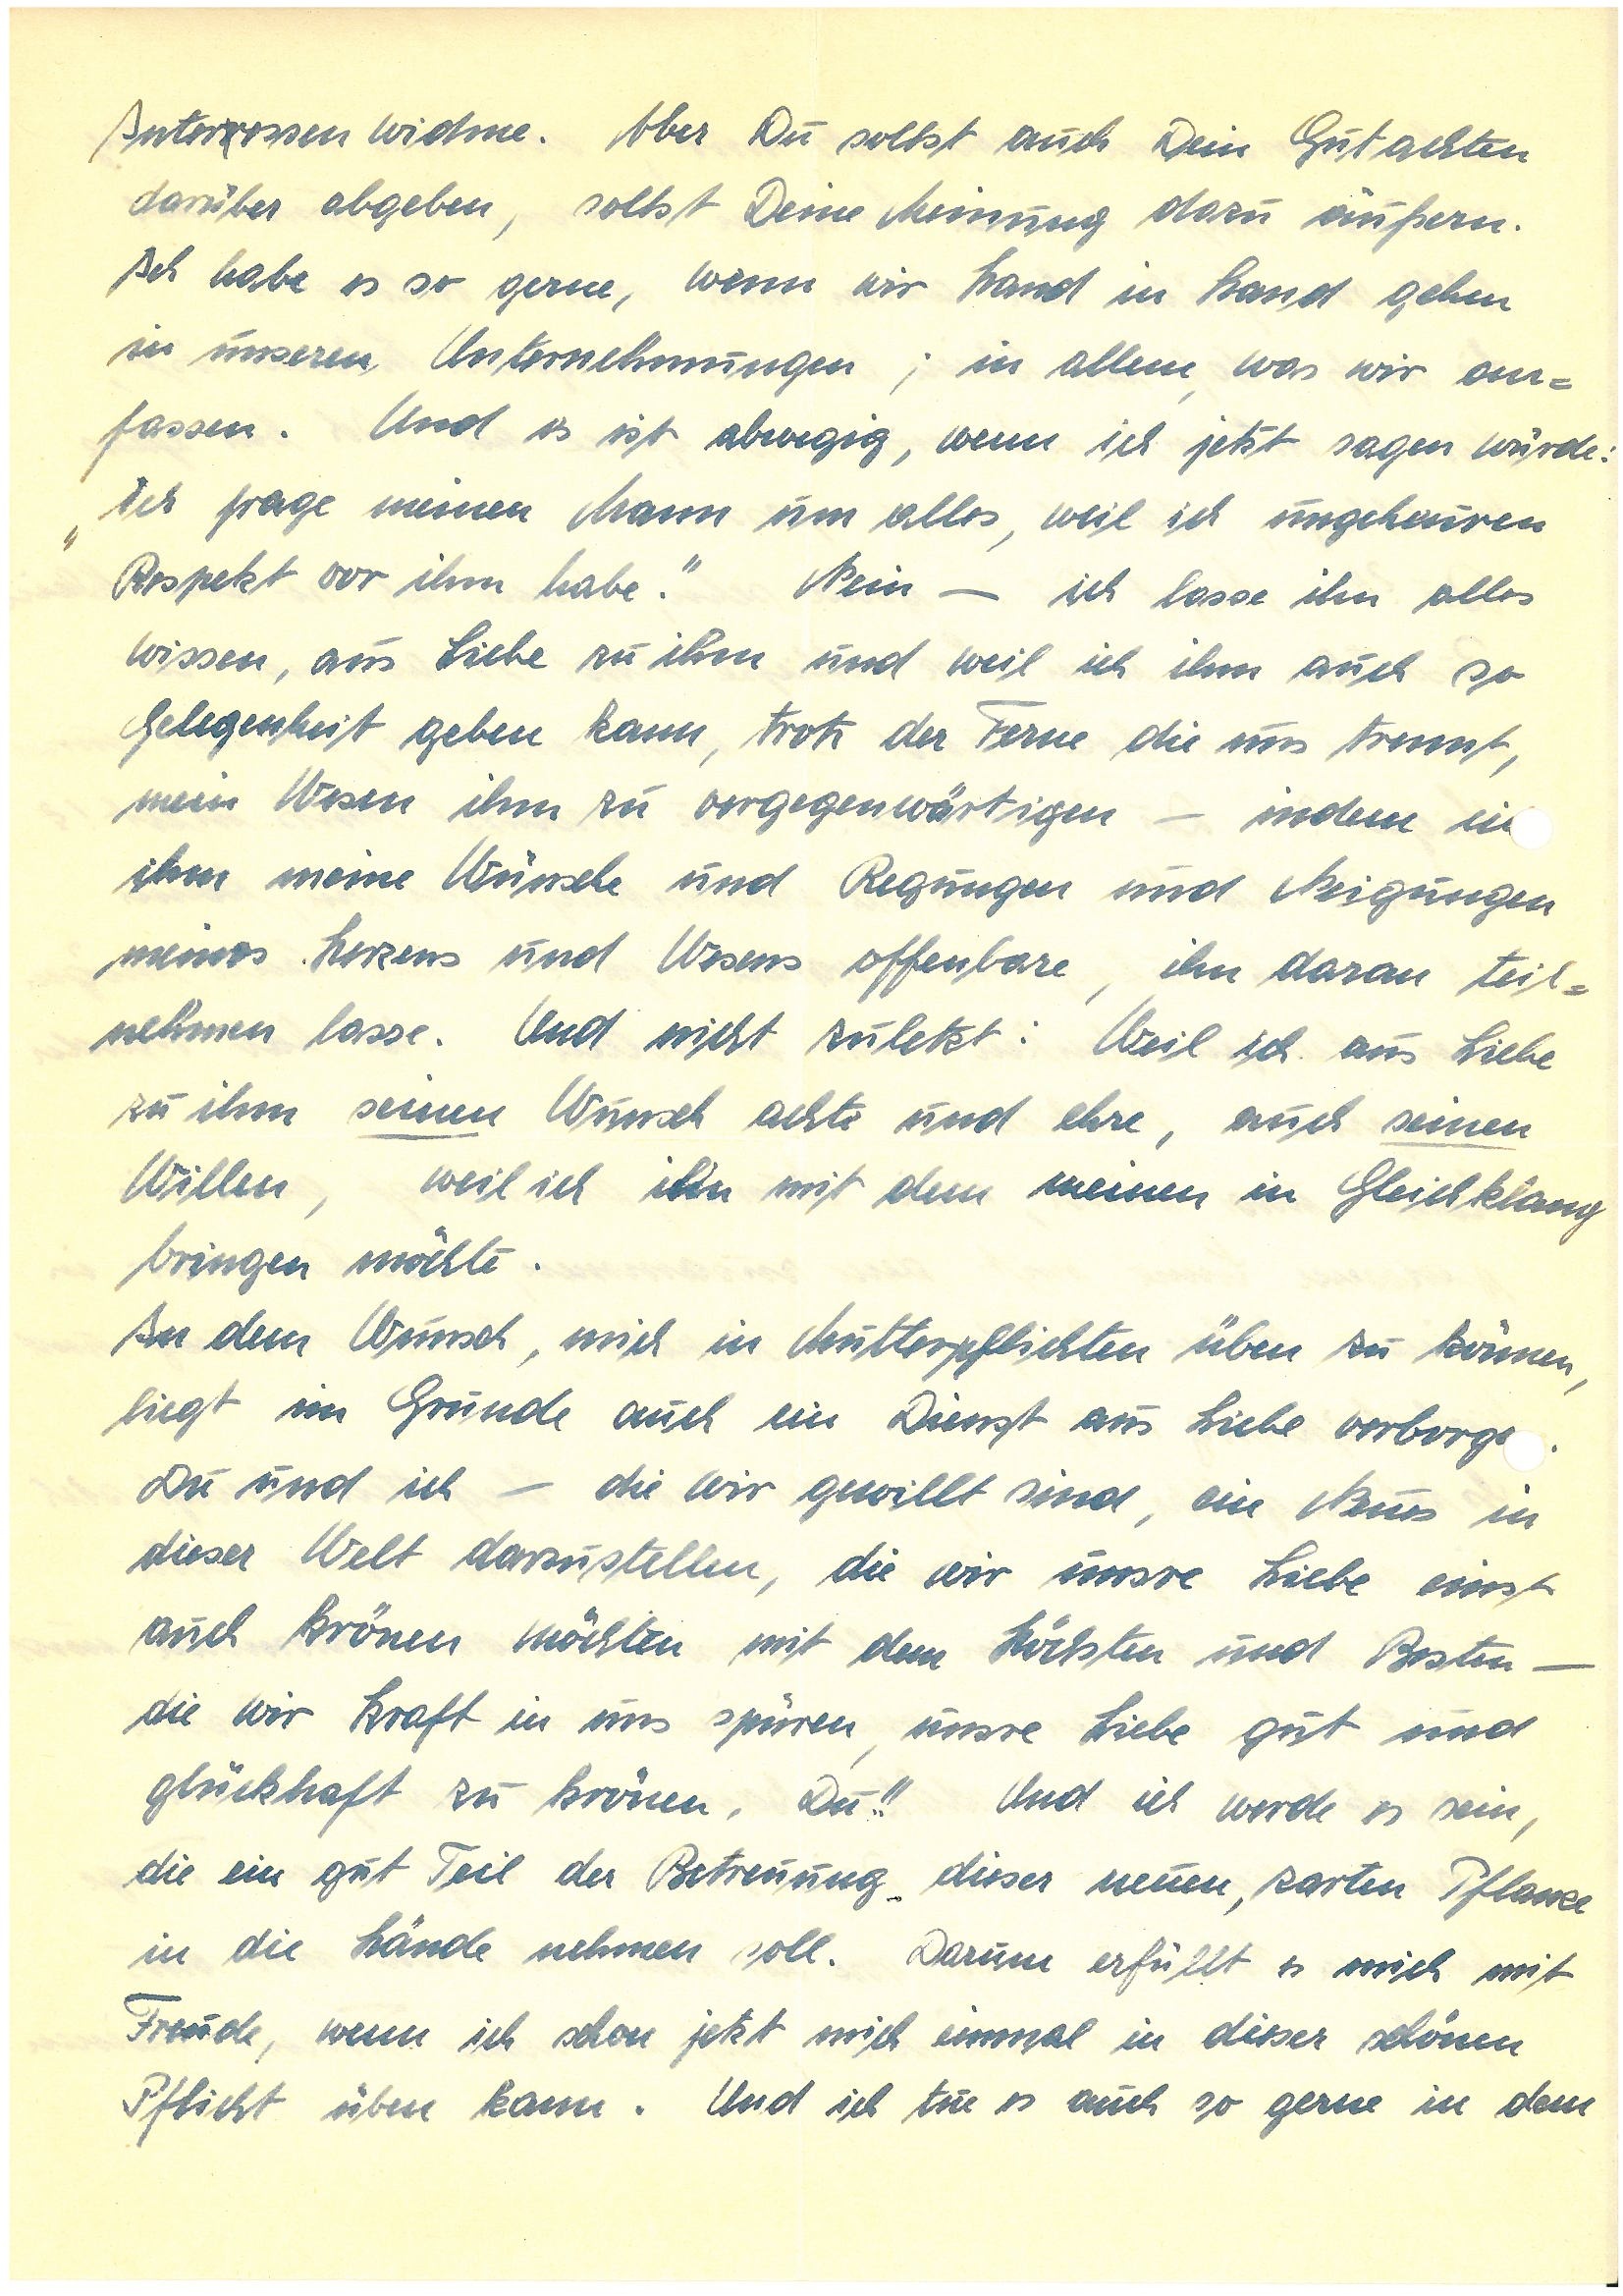
Interressen widme. Aber Du sollst auch Dein Gutachten
darüber abgeben, sollst Deine Meinung darüber äußern.
Ich habe es so gerne, wenn wir Hand in Hand gehen
in unseren Unternehmungen; in allem, was wir an¬
fassen. Und ist es abwegig, wenn ich jetzt sagen würde:
„Ich frage meinen Mann um alles, weil ich ungeheuer
Respekt vor ihm habe.“ Nein – ich lasse ihn alles
wissen, aus Liebe zu ihm und weil ich ihm auch so
Gelegenheit geben kann, trotz der Ferne die uns trennt,
mein Wesen ihm zu vergegenwärtigen – indem ich
ihm meine Wünsche und Regungen und Neigungen
meines Herzens und Wesens offenbare, ihn daran teil¬
nehmen lasse. Und nicht zuletzt: Weil ich aus Liebe
zu ihm seinen Wunsch achte und ehre, auch seinen
Willen, weil ich ihn mit dem meinen in Gleichklang
bringen möchte.
In dem Wunsch, mich in Mutterpflichten üben zu können,
liegt im Grunde auch ein Dienst aus Liebe verborge.
Du und ich – die wir gewillt sind, ein Neues in
dieser Welt darzustellen, die wir unsre Liebe einst
auch krönen möchten mit dem Höchsten und Besten –
die wir Kraft in uns spüren, unsre Liebe gut und
glückhaft zu krönen, Du!! Und ich werde es sein,
die ein gut Teil der Betreuung dieser neuen, zarten Pflanze
in die Hände nehmen soll. Darum erfüllt es mich mit
Freude, wenn ich schon jetzt mich einmal in dieser schönen
Pflicht üben kann. Und ich tue es auch so gerne in dem